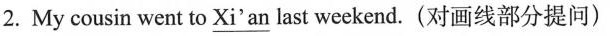
2. My cousin went to\underline{Xi'an} last weekend.(对画线部分提问)